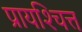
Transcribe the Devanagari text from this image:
प्रायश्‍चित्त